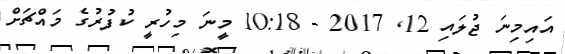
އައިމިނަ ޖުލައި 12